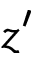
z ^ { \prime }